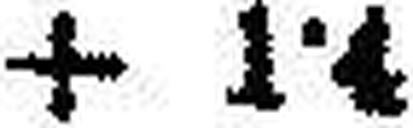
+ 1·4